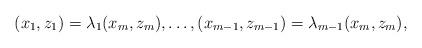
LaTeX: \begin{align*}(x_1, z_1)=\lambda_1(x_m, z_m), \dots, (x_{m-1}, z_{m-1})=\lambda_{m-1}(x_m, z_m),\end{align*}